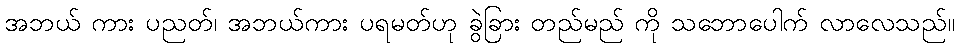
အဘယ် ကား ပညတ်၊ အဘယ်ကား ပရမတ်ဟု ခွဲခြား တည်မည် ကို သဘောပေါက် လာလေသည်။